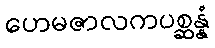
ဟေမဇာလကပစ္ဆန္နံ